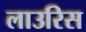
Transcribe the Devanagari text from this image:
लाउरिस